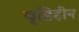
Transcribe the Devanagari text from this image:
वृष्टिहीन